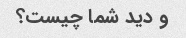
و دید شما چیست؟